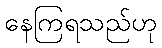
နေကြရသည်ဟု